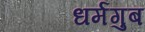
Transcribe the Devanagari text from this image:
धर्मगुब